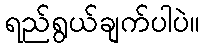
ရည်ရွယ်ချက်ပါပဲ။